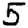
Digit: 5